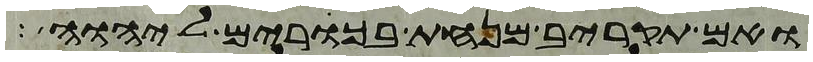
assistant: ואם תקריב מנחת בכורים ליהוה